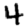
Digit: 4